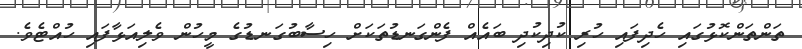
ތަންތަންކޮޅުގައި ހެދިފައި ހުރި ކުދިކުދި ބައެއް ފެންގަނޑުތަކަށް ހިސާބުގަނޑުގެ މީހުން ވެލިއަޅާފައި ހުއްޓެވެ.